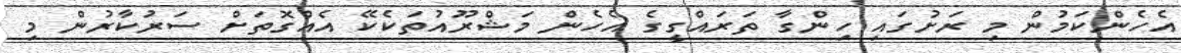
އެހެންކަމުން މި ރަށުގައި ހިންގާ ތަރައްގީގެ އެހެން މަޝްރޫއުތަކެކޭ އެއްގޮތަށް ސަރުކާރުން މި